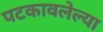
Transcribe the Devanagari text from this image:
पटकावलेल्या